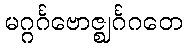
မဂ္ဂင်္ဂဗောဇ္ဈင်္ဂဂတေ